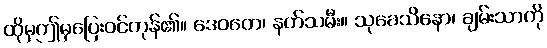
ထိုမှဤမှပြေးဝင်ကုန်၏။ ဒေဝတေ၊ နတ်သမီး။ သုခေသိနော၊ ချမ်းသာကို